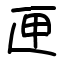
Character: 匣